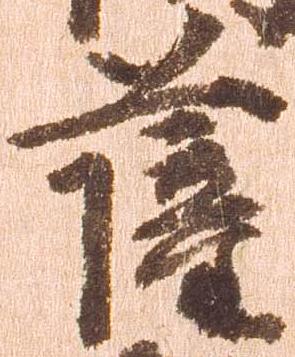
薩